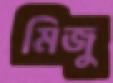
মিজু